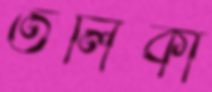
তলিকা